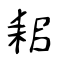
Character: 耜